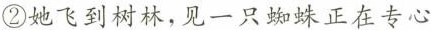
②她飞到树林，见一只蜘蛛正在专心